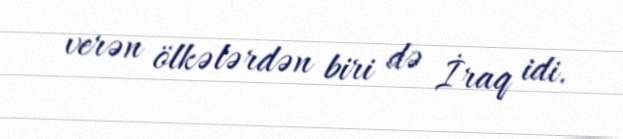
verən ölkələrdən biri də İraq idi.